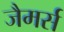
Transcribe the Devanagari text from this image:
जैमर्स